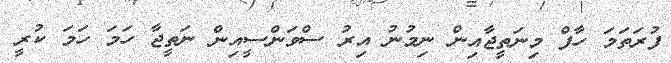
ފުރަތަމަ ހާފް މިނަތީޖާއިން ނިމުނު އިރު ސްވަންސީއިން ނަތީޖާ ހަމަ ހަމަ ކުރީ